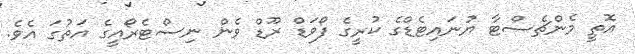
އޮތީ މެންޗެސްޓާ ޔުނައިޓެޑްގެ ކުރީގެ ފޯވަޑް ރޫޑް ވެން ނިސްޓެރޯއީގެ އަތުގަ އެވެ.